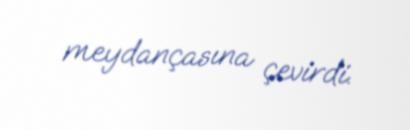
meydançasına çevirdi.